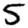
Digit: 5